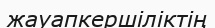
жауапкершіліктің